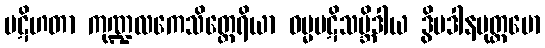
ပဋိဟတာ ကုဏ္ဍလကေသိတ္ထေရိယာ ဓမ္မပဋိသမ္ဘိဒါယ ဒွိပဒါနမုတ္တမော